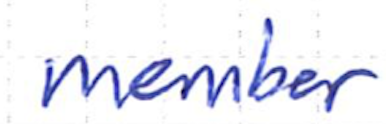
Text: member
Cross-out: clean
Writing tool: ballpoint